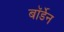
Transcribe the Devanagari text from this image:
बॉर्डेन